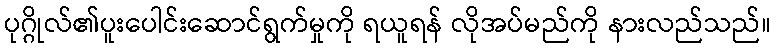
ပုဂ္ဂိုလ်၏ပူးပေါင်းဆောင်ရွက်မှုကို ရယူရန် လိုအပ်မည်ကို နားလည်သည်။